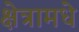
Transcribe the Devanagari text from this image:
क्षेत्रामधे